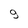
Character: 9